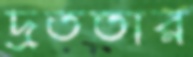
দ্রততার